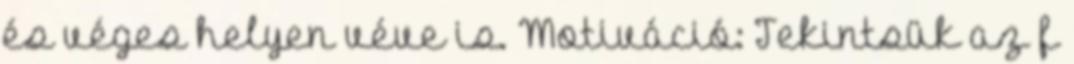
és véges helyen véve is. Motiváció: Tekintsük az f